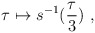
\begin{align*}\tau \mapsto s^{-1} ( \frac{ \tau }{3} ) \ ,\end{align*}